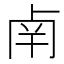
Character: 𠧲